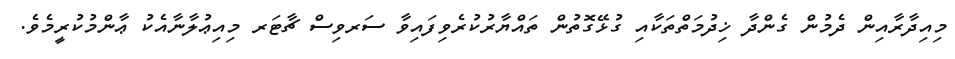
މިއިދާރާއިން ދެމުން ގެންދާ ޚިދުމަތްތަކާއި ގުޅޭގޮތުން ތައްޔާރުކުރެވިފައިވާ ސަރވިސް ޗާޓަރ މިއިޢުލާނާއެކު ޢާންމުކުރީމެވެ.